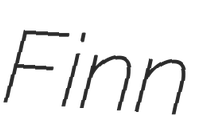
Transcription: Finn